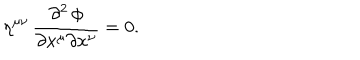
\eta ^ { \mu \nu } \, { \frac { \partial ^ { 2 } \, \phi } { \partial x ^ { \mu } \partial x ^ { \nu } } } = 0 .